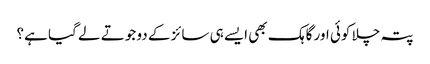
پتہ چلا کوئی اور گاہک بھی ایسے ہی سائز کے دو جوتے لے گیا ہے؟